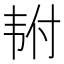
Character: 𬰴